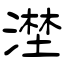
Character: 漜